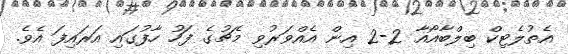
އެތުލެޓިކް ބިލްބާއޯއާ 2-2 އިން އެއްވަރުވި މެޗުގެ ފަހު ހާފުގައި އަރައިފަ އެވެ.